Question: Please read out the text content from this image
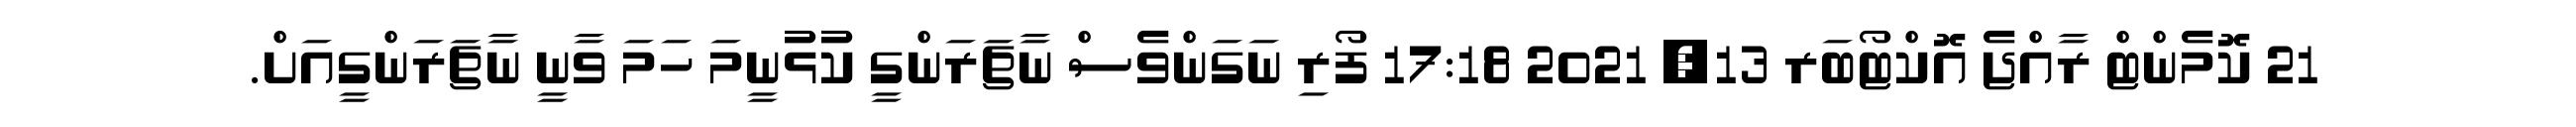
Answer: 21 ކޮމެންޓް ރާއްޖެ އޮކްޓޯބަރ 13, 2021 17:18 ފޯރި ނަގަންވެސް ނާޗަރަންގީ ކުޅުނީމަ ހަމަ ވާނީ ނާޗަރަންގީއަށް.